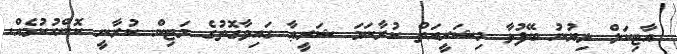
އާޓިކަލް ލިޔުނު ބޭފުޅާ މިޝަރީއަތް ކުރާނަމަ ޝަރީޢާ ގައިވާގޮތުގެ މަޓިން ކުރާނީ ކޮންހުކުމެއް.